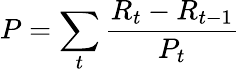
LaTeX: P=\sum_{t}\frac{R_{t}-R_{t-1}}{P_{t}}